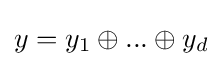
y=y_{1}\oplus ...\oplus y_{d}